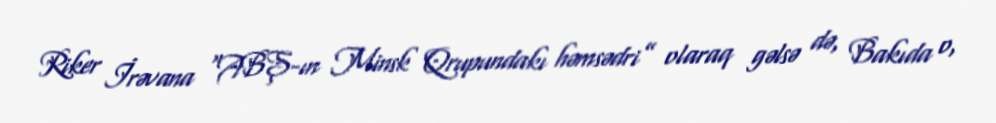
Riker İrəvana “ABŞ-ın Minsk Qrupundakı həmsədri” olaraq gəlsə də, Bakıda o,